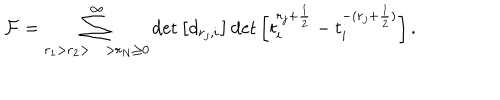
{ \cal F } = \sum _ { r _ { 1 } > r _ { 2 } > \cdots > r _ { N } \geq 0 } ^ { \infty } \det \left[ d _ { r _ { j } , i } \right] \det \left[ t _ { i } ^ { r _ { j } + \frac { 1 } { 2 } } - t _ { i } ^ { - ( r _ { j } + \frac { 1 } { 2 } ) } \right] .